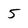
Character: 5